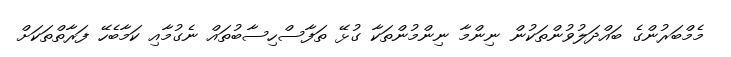
މެމްބަރުންގެ ބައްދަލުވުންތަކުން ނިންމާ ނިންމުންތަކާ ގުޅޭ ތަފާސްހިސާބުތައް ނެގުމާއި ކަމާބެހޭ ފަރާތްތަކަށް